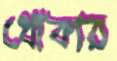
ধোঁকার